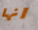
انها